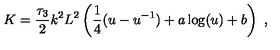
K = { \frac { \tau _ { 3 } } { 2 } } k ^ { 2 } L ^ { 2 } \left( { \frac { 1 } { 4 } } ( u - u ^ { - 1 } ) + a \log ( u ) + b \right) \ ,